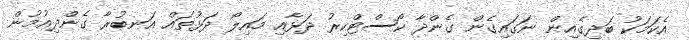
އެކަމަކު ބަދިގެއިން ނަގައިގެން ގެންދާ ކޯސްޓްކިރު ދަޅާއި މައިލޯ ދަޅުތައް އަނބުރާ ގެންދިއުމުން